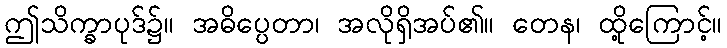
ဤသိက္ခာပုဒ်၌။ အဓိပ္ပေတာ၊ အလိုရှိအပ်၏။ တေန၊ ထို့ကြောင့်။